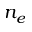
n _ { e }